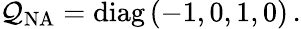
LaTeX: \mathcal{Q}_{\mathrm{{NA}}}=\mathrm{{diag}}\, (-1,0,1,0)\, .